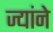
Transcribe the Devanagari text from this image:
ज्यांने